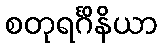
စတုရင်္ဂိနိယာ